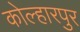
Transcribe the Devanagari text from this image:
कोल्हारपुर